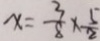
x = \frac { 3 } { 8 } \times \frac { 5 } { 2 }